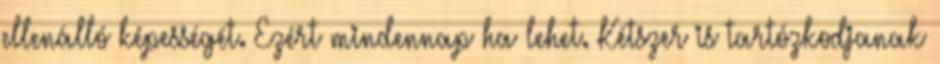
ellenálló képességét. Ezért mindennap ha lehet. Kétszer is tartózkodjanak